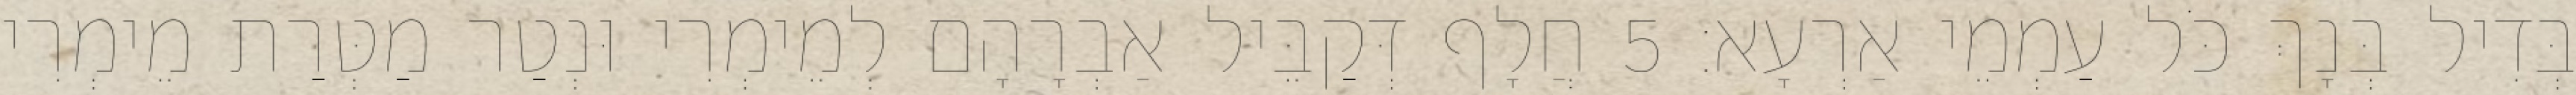
בְּדִיל בְּנָךְ כֹּל עַמְמֵי אַרְעָא׃ 5 חֲלָף דְּקַבֵּיל אַבְרָהָם לְמֵימְרִי וּנְטַר מַטְּרַת מֵימְרִי